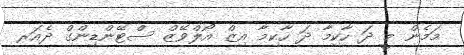
މަމެން މީ ދަ ހާކިމާ ދަ ހާކިމާ އިޒް އޯލްވޭޒް ސްޓޭންޑިންގް ދެއަރ